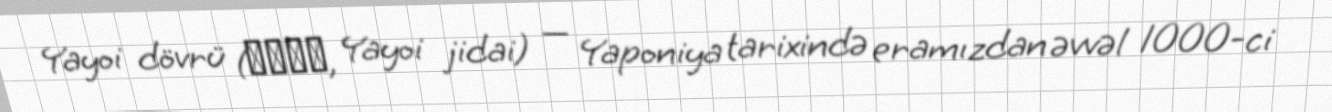
Yayoi dövrü (弥生時代, Yayoi jidai) — Yaponiya tarixində eramızdan əvvəl 1000-ci